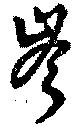
岑